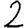
Digit: 2